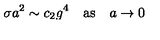
\sigma a ^ { 2 } \sim c _ { 2 } g ^ { 4 } \quad \mathrm { a s } \quad a \to 0